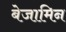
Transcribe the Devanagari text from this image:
बेजामिन